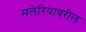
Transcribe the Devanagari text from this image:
मलेरियावरील